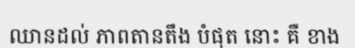
ឈានដល់ ភាពតានតឹង បំផុត នោះ គឺ ខាង